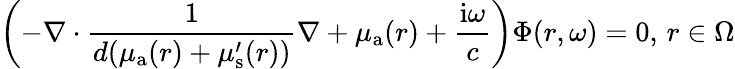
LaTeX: \left(-\nabla\cdot\frac{1}{{d}(\mu_{{\mathrm a}}(r)+\mu_{\mathrm{s}}^{\prime}(r))}\nabla+\mu_{{\mathrm a}}(r)+\frac{\mathrm{i}\omega}{c}\right)\Phi(r,\omega)=0,\, r\in\Omega